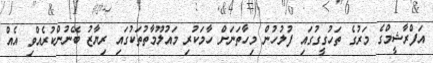
އަފްރާޝީމްގެ މަރުގެ ތަހުގީގުގައި ފުލުހުން މިހާތަނަށް ހާމަކުރި މައުލޫމާތުތަކުގައި ރިޔާޒު ބޭނުންކުރެއްވި އެއް